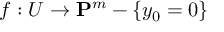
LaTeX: f : U \to \mathbf { P } ^ { m } - \{ y _ { 0 } = 0 \}